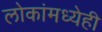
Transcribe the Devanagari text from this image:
लोकांमध्येही